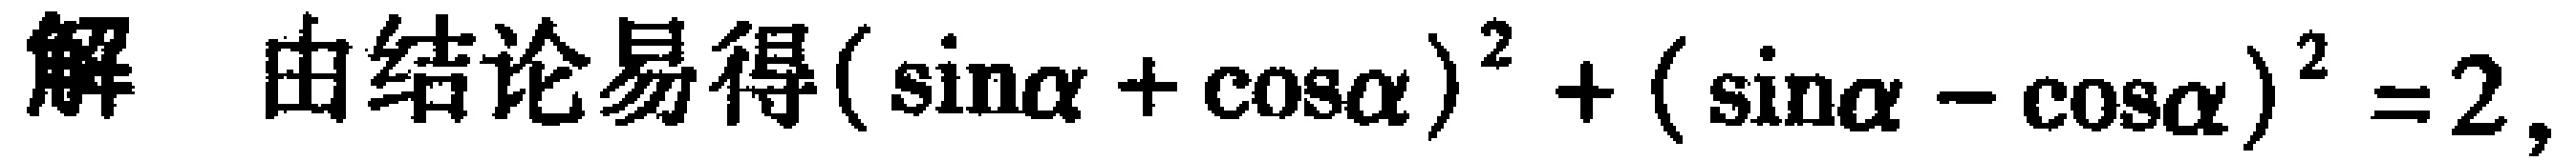
解 由结论易得$(\sin\alpha+\cos\alpha)^{2}+(\sin\alpha - \cos\alpha)^{2}=2,$